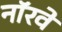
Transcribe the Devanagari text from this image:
नाॅरवे